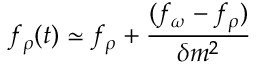
f _ { \rho } ( t ) \simeq f _ { \rho } + \frac { ( f _ { \omega } - f _ { \rho } ) } { \delta m ^ { 2 } }